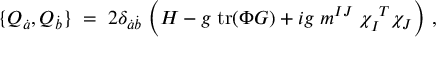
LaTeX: \{ Q _ { \dot { a } } , Q _ { \dot { b } } \} \; = \; 2 \delta _ { { \dot { a } } { \dot { b } } } \; \Bigl ( { \cal H } - { g } \; \mathrm { t r } ( \Phi { \cal G } ) + i g \; m ^ { I J } \; \chi _ { I } ^ { \ T } \chi _ { J } \Bigr ) \ ,